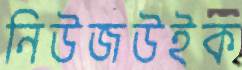
নিউজউইক